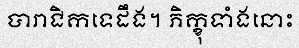
បារាជិកទេដឹង។ ភិក្ខុទាំងនោះ